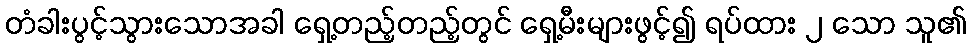
တံခါးပွင့်သွားသောအခါ ရှေ့တည့်တည့်တွင် ရှေ့မီးများဖွင့်၍ ရပ်ထား ၂ သော သူ၏